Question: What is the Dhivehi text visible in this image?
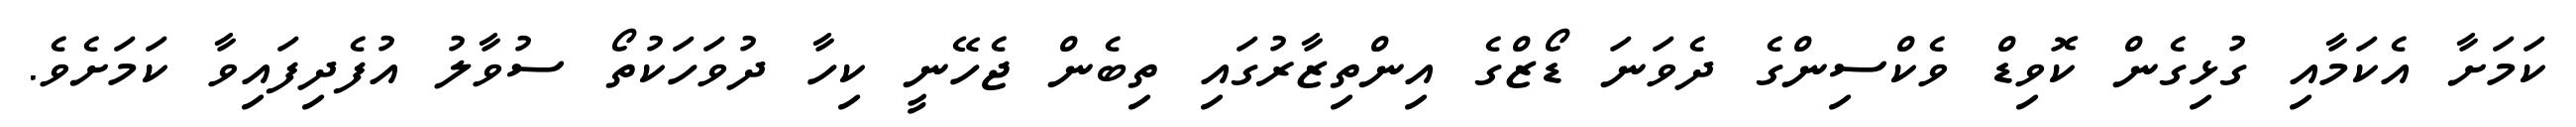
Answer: ކަމަށާ އެކަމާއި ގުޅިގެން ކޮވިޑް ވެކްސިންގެ ދެވަނަ ޑޯޒްގެ އިންތިޒާރުގައި ތިބެން ޖެހޭނީ ކިހާ ދުވަހަކުތޯ ސުވާލު އުފެދިފައިވާ ކަމަށެވެ.